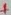
Text: +